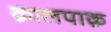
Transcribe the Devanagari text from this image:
क़ालपाक़